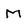
Character: M